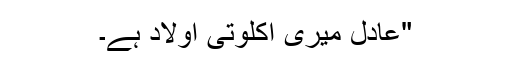
"عادل میری اکلوتی اولاد ہے۔